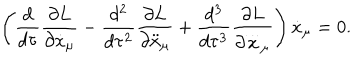
\left( \frac { d } { d \tau } \frac { \partial L } { \partial { \dot { x } } _ { \mu } } - \frac { d ^ { 2 } } { d \tau ^ { 2 } } \frac { \partial L } { \partial { \ddot { x } } _ { \mu } } + \frac { d ^ { 3 } } { d \tau ^ { 3 } } \frac { \partial L } { \partial { \stackrel { \ldots } { x } } _ { \mu } } \right) { \dot { x } } _ { \mu } = 0 .